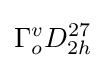
\Gamma _{o}^{v}D_{2h}^{27}